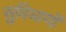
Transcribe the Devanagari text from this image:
सुविधायों